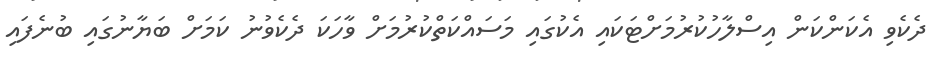
ދެކެވި އެކަންކަން އިސްލާހުކުރުމަށްޓަކައި އެކުގައި މަސައްކަތްކުރުމަށް ވާހަކަ ދެކެވުނު ކަމަށް ބަޔާނުގައި ބުނެފައި